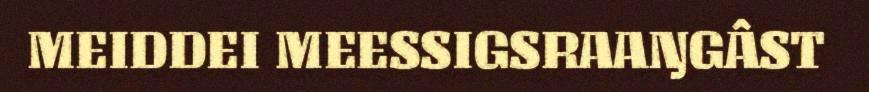
MEIDDEI MEESSIGSRAAŊGÂST